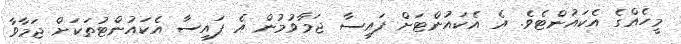
މީހެއްގެ އެކައުންޓެވެ. އެ އެކައުންޓަށް ފައިސާ ޖަމާވުމުން އެ ފައިސާ އެކައުންޓުތަކަށް ޖަމާވާ